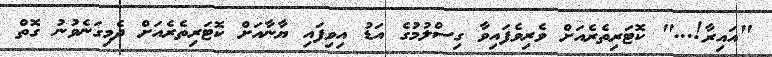
"އައިރާ!..." ކޮޓަރިތެރެއަށް ވެރިވެފައިވާ ގިސްލުމުގެ އަޑު އިވިފައި ޔާނާއަށް ކޮޓަރިތެރެއަށް ދެމިގަނެވުނު ގޮތް